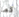
كما